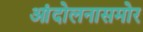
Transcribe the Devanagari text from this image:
आंदोलनासमोर